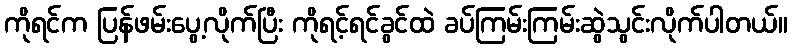
ကိုရင်က ပြန်ဖမ်းပွေ့လိုက်ပြီး ကိုရင့်ရင်ခွင်ထဲ ခပ်ကြမ်းကြမ်းဆွဲသွင်းလိုက်ပါတယ်။